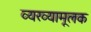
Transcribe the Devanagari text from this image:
व्यख्यामूलक